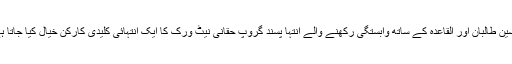
اباسین طالبان اور القاعدہ کے ساتھ وابستگی رکھنے والے انتہا پسند گروپ حقانی نیٹ ورک کا ایک انتہائی کلیدی کارکن خیال کیا جاتا ہے۔